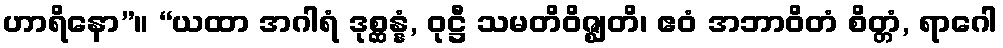
ဟာရိနော”။ “ယထာ အဂါရံ ဒုစ္ဆန္နံ, ဝုဋ္ဌီ သမတိဝိဇ္ဈတိ၊ ဧဝံ အဘာဝိတံ စိတ္တံ, ရာဂေါ